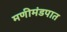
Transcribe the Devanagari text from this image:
मणीमंडपात